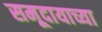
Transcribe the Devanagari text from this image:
समूदायाच्या